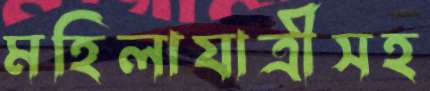
মহিলাযাত্রীসহ